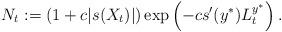
LaTeX: \begin{align*}N_t:= \left(1+c|s(X_t)|\right)\exp\left(-cs'(y^*)L^{y^*}_t\right).\end{align*}